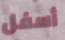
أسفل